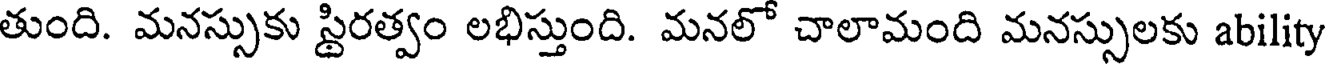
తుంది. మనస్సుకు స్థిరత్వం లభిస్తుంది. మనలో చాలామంది మనస్సులకు ability